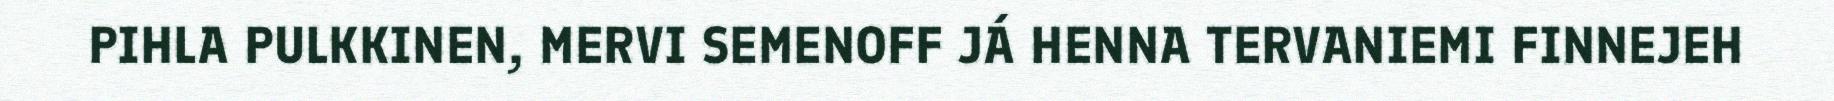
PIHLA PULKKINEN, MERVI SEMENOFF JÁ HENNA TERVANIEMI FINNEJEH